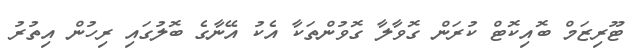
ޓޫރިޒަމް ބޮއިކޮޓް ކުރަން ގޮވާލާ ގޮވުންތަކާ އެކު އޭނާގެ ބޮލުގައި ރިހުން އިތުރު